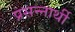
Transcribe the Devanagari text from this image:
प्रसन्नार्थी